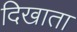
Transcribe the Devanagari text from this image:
दिखाता